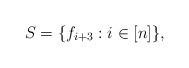
LaTeX: \begin{align*} S = \{f_{i+3} : i \in [n]\}, \end{align*}